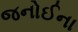
જનોઈના